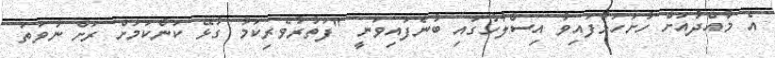
އެ މާއްދާއަށް ހުށަހަޅާފައިވާ އިސްލާހުގައި ބުނެފައިވަނީ "ފަތުރުވެރިކަމާ ގުޅޭ ކަންކަމަށް ރަށް ނުވަތަ